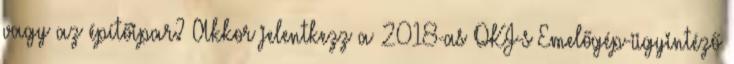
vagy az építőipar? Akkor jelentkezz a 2018-as OKJ-s Emelőgép-ügyintéző